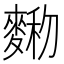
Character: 𪍆